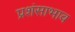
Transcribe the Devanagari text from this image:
प्रशंसाभाव